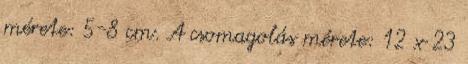
mérete: 5-8 cm. A csomagolás mérete: 12 x 23